Vaccination in Bombay 1863-1868 - 1863-1868
Year: 1863
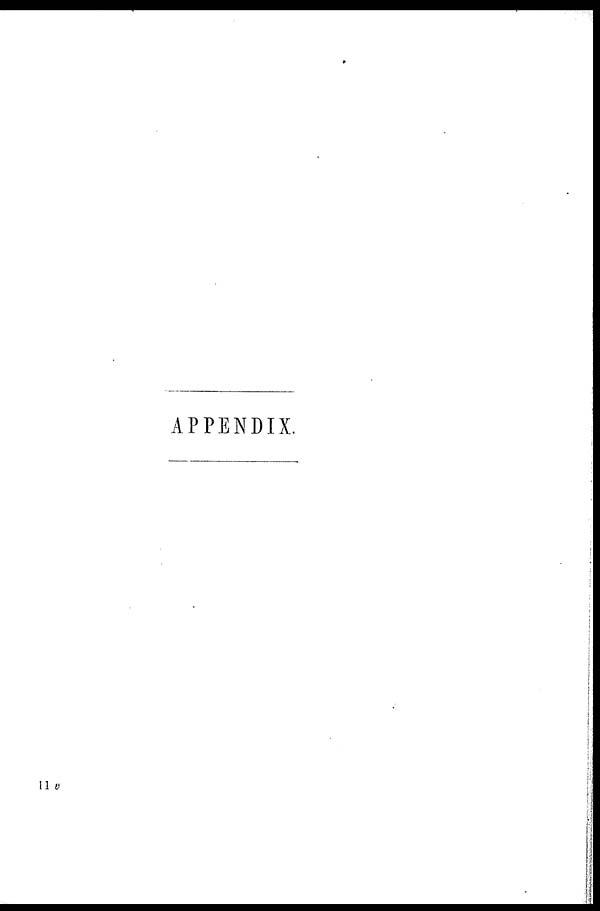
APPENDIX.
11 v